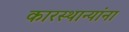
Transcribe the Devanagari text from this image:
कारस्थान्यांना